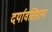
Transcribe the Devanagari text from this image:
दर्यावसिंहाना